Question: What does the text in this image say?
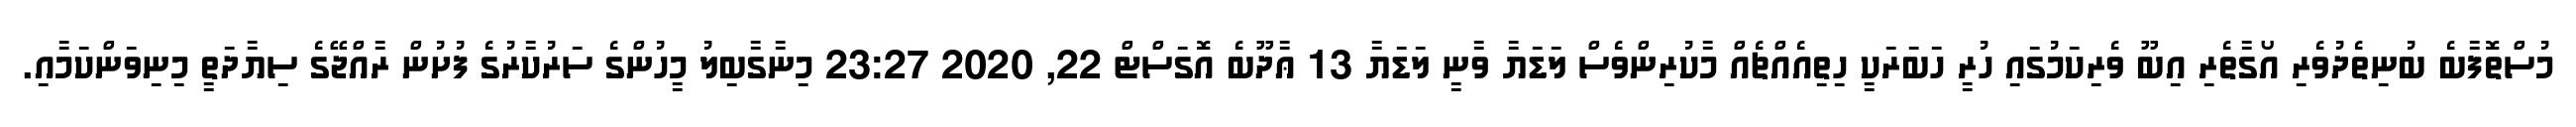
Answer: މުސްތޮފާބެ ބުނިތެދުވެރި އޯގާތެރި އިބޫ ވެރިކަމުގައި ހުރީ ހަބަރަކީ ހިތިއެއްޗެއް މާކުރިންވެސް ލަޑަޔާ ވާނީ ލަޑަޔާ 13 ޢާދޫބެ އޮގަސްޓް 22, 2020 23:27 މިނާގާބިލު މީހުންގެ ސަރުކާރުގެ ފުށުން ރާއްޖޭގެ ސިޔާދަތީ މިނިވަންކަމާއި.